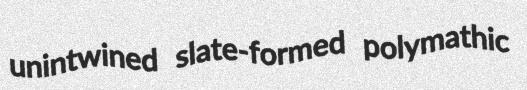
unintwined slate-formed polymathic